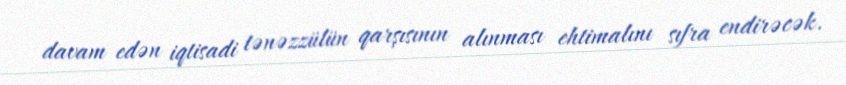
davam edən iqtisadi tənəzzülün qarşısının alınması ehtimalını sıfra endirəcək.